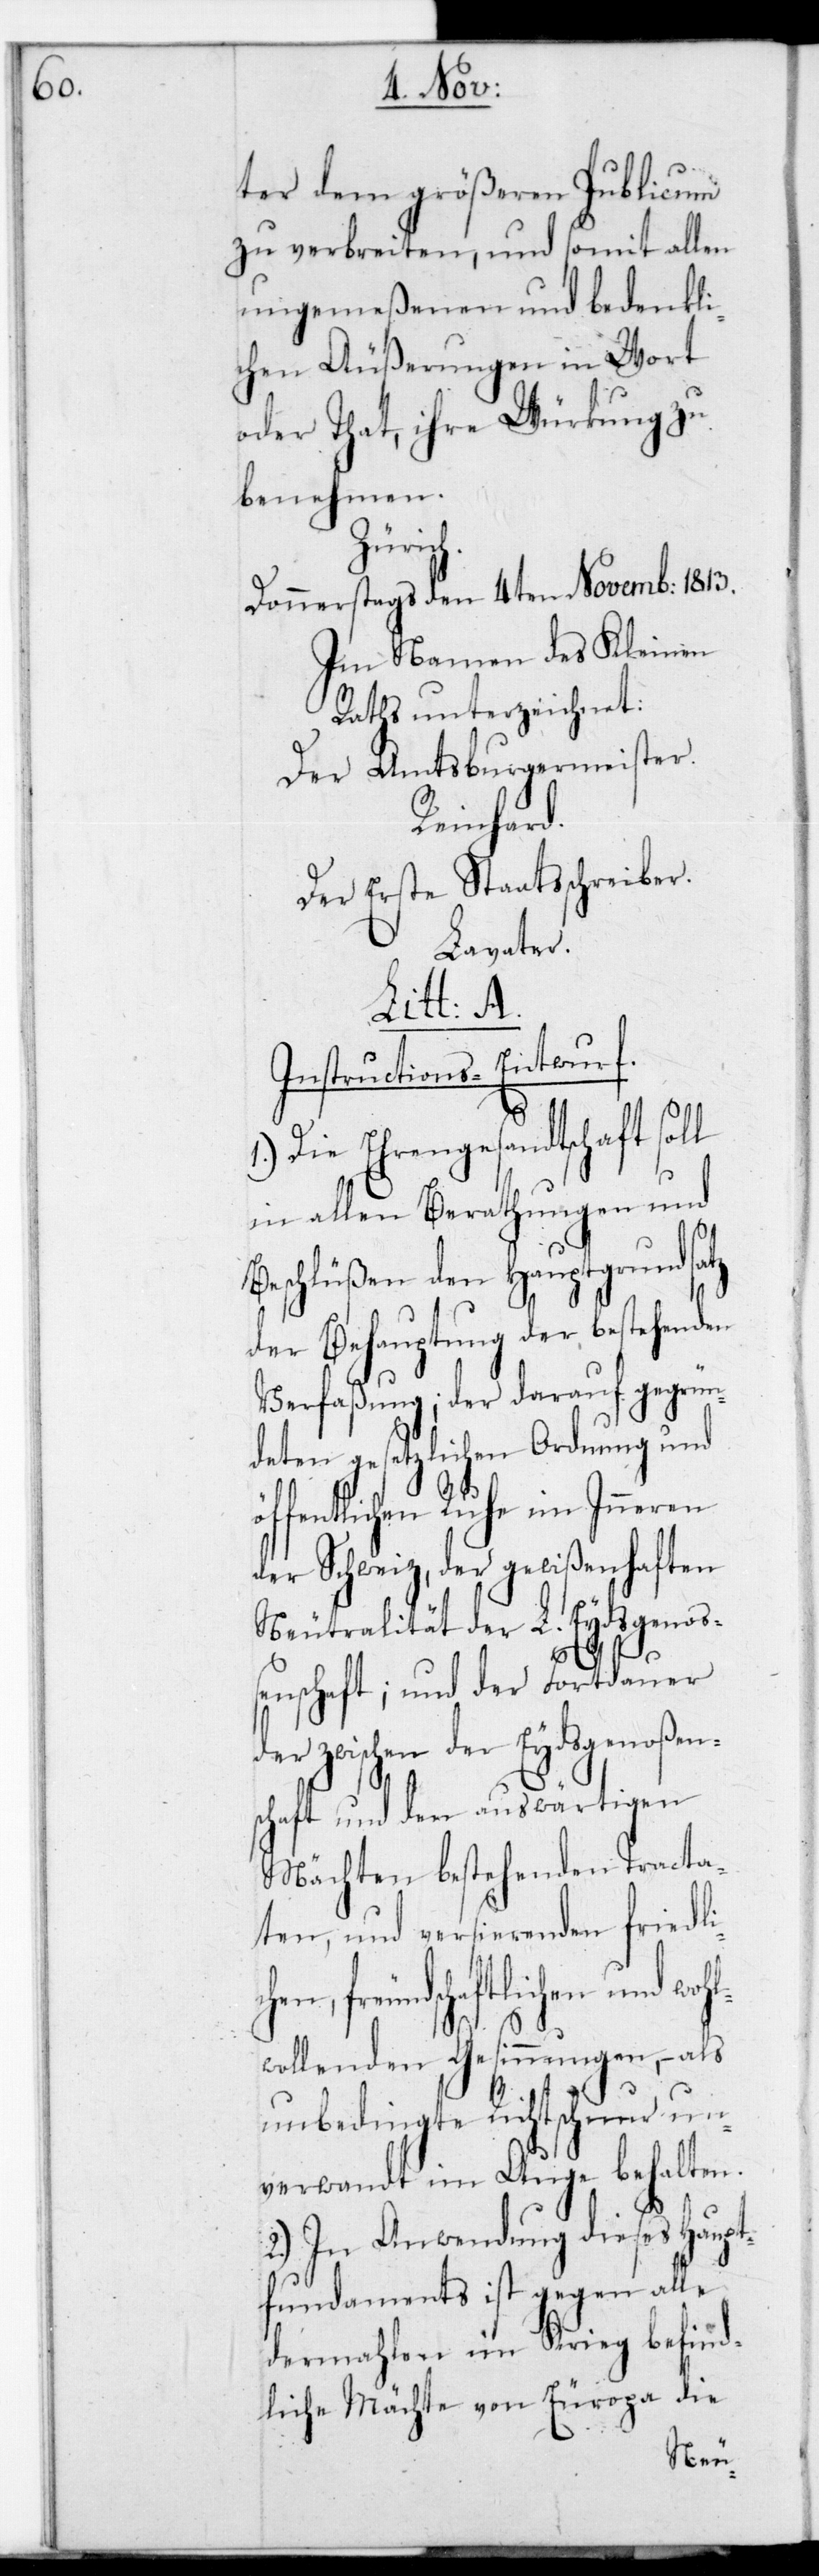
ter dem größeren Publicum
zu verbreiten, und somit allen
ungemeßenen und bedenkli¬
chen Äußerungen in Wort
oder That, ihre Würkung zu
benehmen.
Zürich
Donnerstags den 4ten Novemb: 1813.
Im Namen des Kleinen
Raths unterzeichnet:
Der Amtsburgermeister.
Reinhard.
Der Erste Staatsschreiber.
Lavater.
Litt: A.
Instructions-Entwurf.
1.)
Die Ehrengesandtschaft
in allen Berathungen und
Beschlüßen den Hauptgrundsatz
der Behauptung der bestehenden
Verfaßung, der darauf gegrün¬
deten gesetzlichen Ordnung und
öffentlichen Ruhe im Inneren
der Schweiz, der gewißenhaften
Neutralität der L. Eydsgenoß¬
l¬
enschaft; und der Fortdauer
der zwischen der Eydsgenoßen¬
schaft und den auswärtigen
Mächten bestehenden Tracta¬
ten, und versierenden friedli¬
hen, freundschaftlichen und Woh¬
wollenden Gesinnungen, – als
unbedingte Richtschnur un¬
verwandt im Auge behalten.
2.) In Anwendung dieses Haupt¬
fundaments ist gegen alle
dermahlen im Krieg befind¬
liche Mächte von Europa die